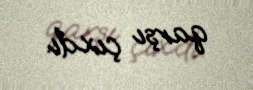
qarşı çıxdı.